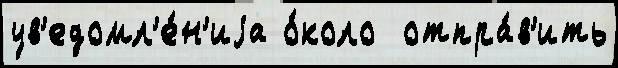
ув'едомл'е́н'иjа о́коло  отпра́в'ить